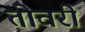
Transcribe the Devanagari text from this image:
तोवरी